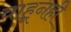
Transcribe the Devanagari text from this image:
वाहूनही